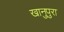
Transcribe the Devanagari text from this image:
खानुपुरा